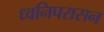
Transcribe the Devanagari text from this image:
ध्वनिपरासन